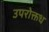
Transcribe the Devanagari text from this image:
उपरोक्तध